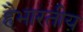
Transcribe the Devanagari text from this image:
हैभारतीय